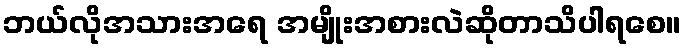
ဘယ်လိုအသားအရေ အမျိုးအစားလဲဆိုတာသိပါရစေ။